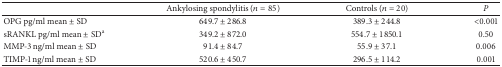
<table><thead><tr><td><b> </b></td><td><b>Ankylosing spondylitis (<i>n</i> = 85)</b></td><td><b>Controls (<i>n</i> = 20)</b></td><td><b><i>P </i></b></td></tr></thead><tbody><tr><td>OPG pg/ml mean ± SD</td><td>649.7 ± 286.8</td><td>389.3 ± 244.8</td><td>&lt;0.001</td></tr><tr><td>sRANKL pg/ml mean ± SD<sup>a</sup></td><td>349.2 ± 872.0</td><td>554.7 ± 1850.1</td><td>0.50</td></tr><tr><td>MMP-3 ng/ml mean ± SD</td><td>91.4 ± 84.7</td><td>55.9 ± 37.1</td><td>0.006</td></tr><tr><td>TIMP-1 ng/ml mean ± SD</td><td>520.6 ± 450.7</td><td>296.5 ± 114.2</td><td>0.001</td></tr></tbody></table>